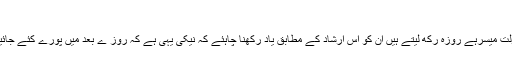
(الحکم جلد۳ نمبر ۴ بتاریخ ۳۱؍جنوری ۱۸۹۹ ء)
توایسے لوگ جو اس لئے کہ گھر میں آج کل روزہ رکھنے کی سہولت میسرہے روزہ رکھ لیتے ہیں ان کو اس ارشاد کے مطابق یاد رکھنا چاہئے کہ نیکی یہی ہے کہ روز ے بعد میں پورے کئے جائیں اور وہ روزے نہیں ہیں جو اس طرح زبردستی رکھے جاتے ہیں۔